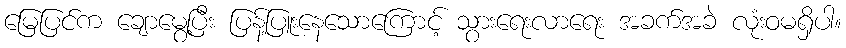
မြေပြင်က ချောမွေ့ပြီး ပြန့်ပြူးနေသောကြောင့် သွားရေးလာရေး အခက်အခဲ လုံးဝမရှိပါ။